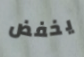
يخفض